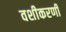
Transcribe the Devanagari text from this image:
वशीकरणी